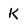
Character: K